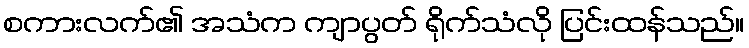
စကားလက်၏ အသံက ကျာပွတ် ရိုက်သံလို ပြင်းထန်သည်။